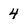
Character: 4